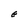
Character: E